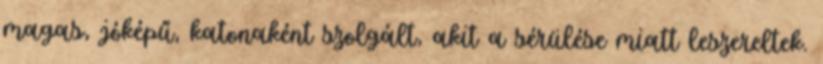
magas, jóképű, katonaként szolgált, akit a sérülése miatt leszereltek.